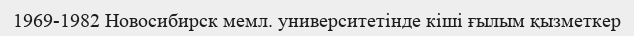
1969-1982 Новосибирск мемл. университетінде кіші ғылым қызметкер